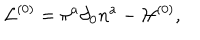
{ \cal L } ^ { ( 0 ) } = \pi ^ { a } \partial _ { 0 } { n } ^ { a } - { \cal H } ^ { ( 0 ) } ,